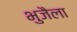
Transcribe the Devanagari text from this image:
भुजैला